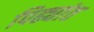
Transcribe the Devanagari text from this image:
पिढ्यांत